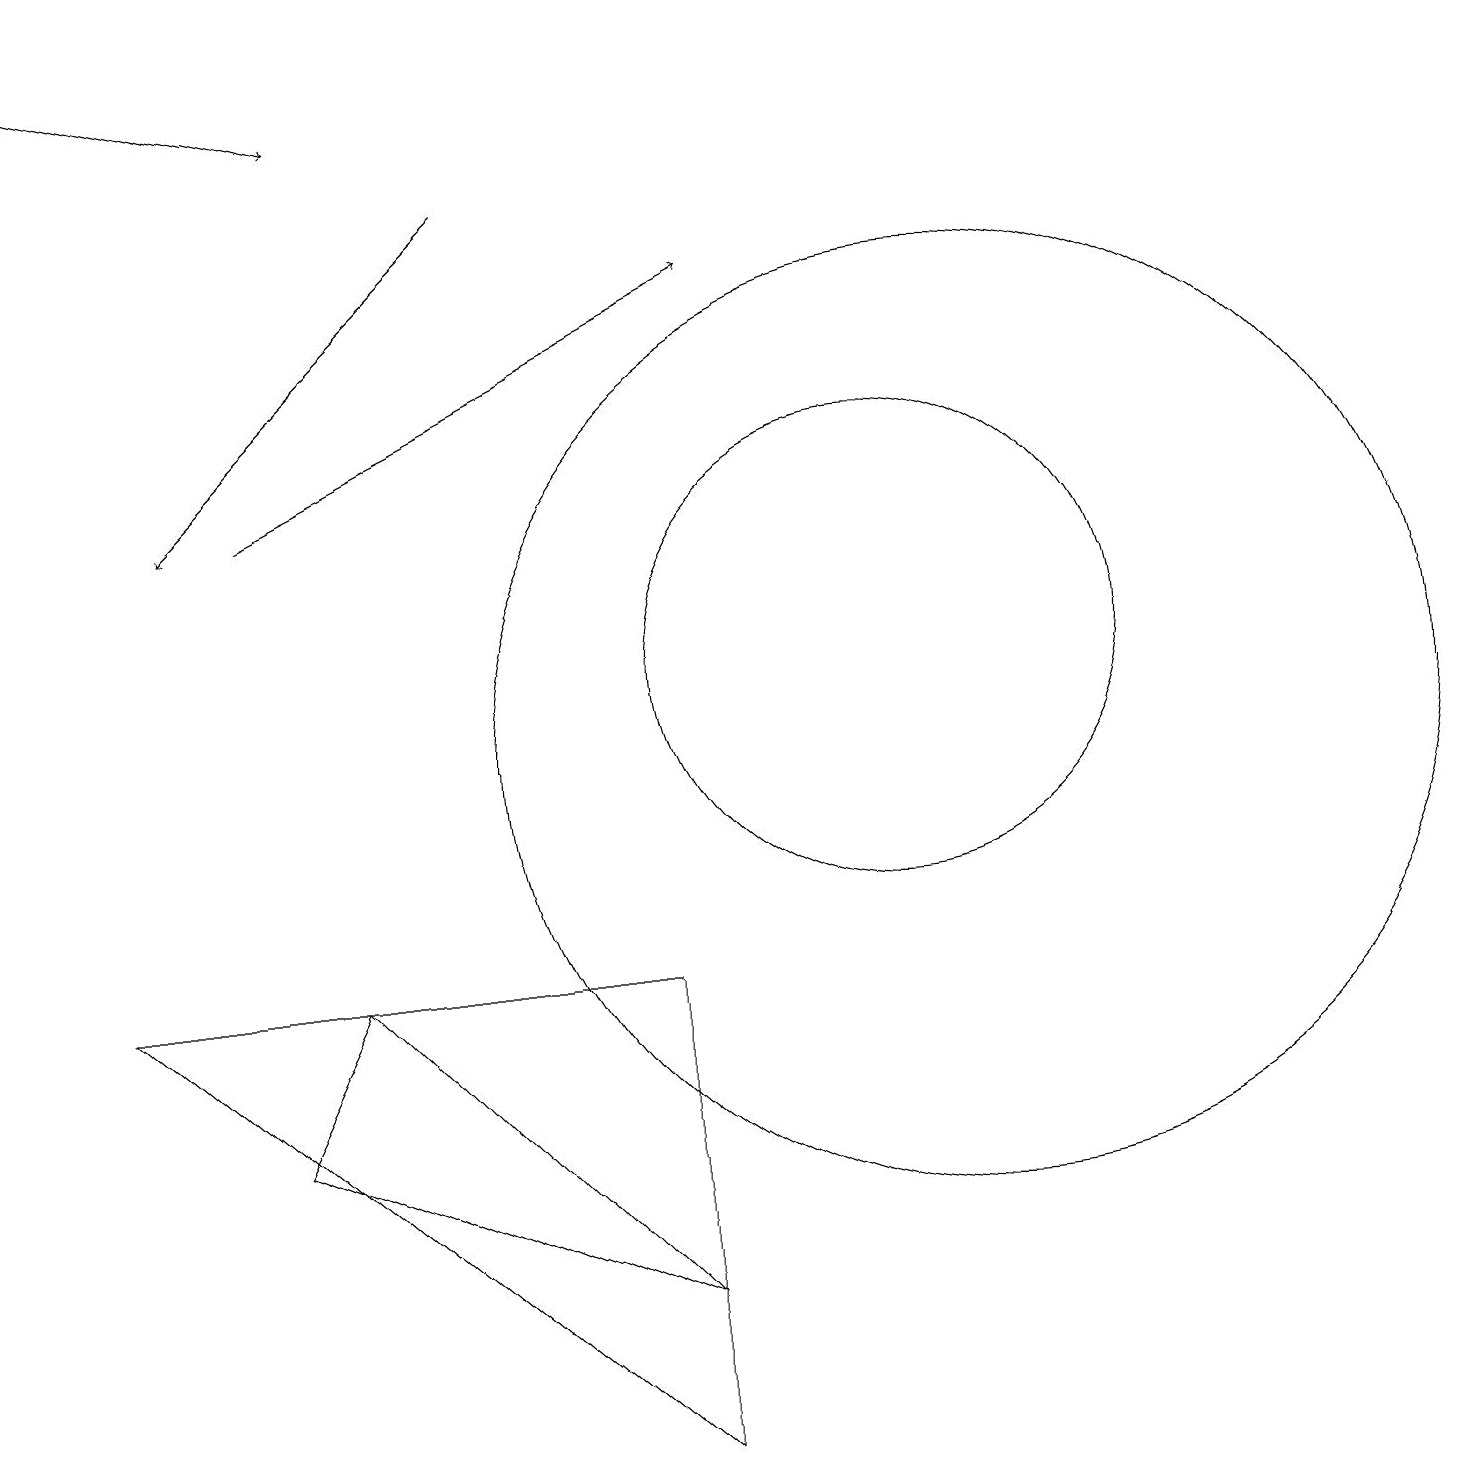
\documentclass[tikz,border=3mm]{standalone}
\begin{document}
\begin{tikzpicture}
\draw (12,10) circle (6);
\draw (11,11) circle (3);
\draw[->] (6,17) -- (2,13);
\draw (3,5) -- (4,7) -- (8,3) -- cycle;
\draw[->] (3,13) -- (9,16);
\draw[->] (0,19) -- (4,18);
\draw (8,7) -- (8,1) -- (1,7) -- cycle;
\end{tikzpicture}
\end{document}